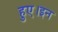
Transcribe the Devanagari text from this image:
हुए।इन